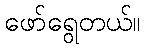
ဖော်ရွေတယ်။